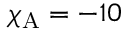
\chi _ { \mathrm { A } } = - 1 0